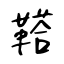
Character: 鞳